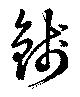
銭